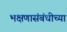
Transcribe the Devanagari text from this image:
भक्षणासंबंधीच्या